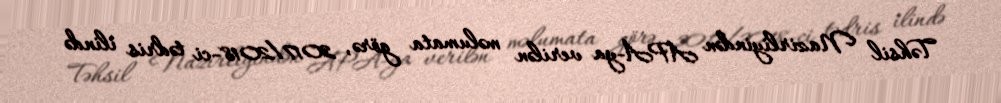
Təhsil Nazirliyindən APA-ya verilən məlumata görə, 2017/2018-ci tədris ilində